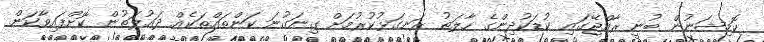
ކޮމިޝަނުން ބުނީ ރާއްޖޭގައި ކުޑަކުދިންގެ ހާލަތު ރަނގަޅުކުރުމަށް ގިނަގުނަ ކަންތައްތަކެއް ދައުލަތުން ކޮށްފައިވާކަން